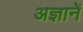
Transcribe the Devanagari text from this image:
अज्ञानें